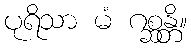
ပုရိသာ မံ ဂစ္ဆန္တိ။